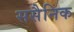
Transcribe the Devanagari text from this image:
ससैनिक